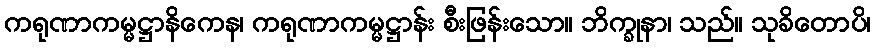
ကရုဏာကမ္မဋ္ဌာနိကေန၊ ကရုဏာကမ္မဋ္ဌာန်း စီးဖြန်းသော။ ဘိက္ခုနာ၊ သည်။ သုခိတောပိ၊